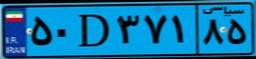
۸۶D۷۸۵۸۱